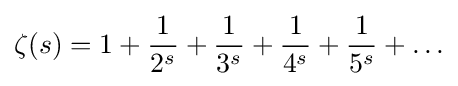
\zeta (s)=1+{\frac {1}{2^{s}}}+{\frac {1}{3^{s}}}+{\frac {1}{4^{s}}}+{\frac {1}{5^{s}}}+\ldots